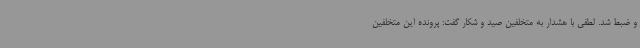
و ضبط شد. لطفی با هشدار به متخلفین صید و شکار گفت: پرونده این متخلفین